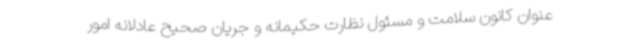
عنوان کانون سلامت و مسئول نظارت حکیمانه و جریان صحیح عادلانه امور